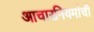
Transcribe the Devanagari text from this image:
आचारनियमांची